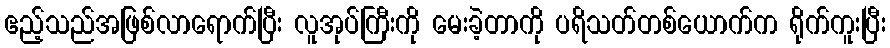
ဧည့်သည်အဖြစ်လာရောက်ပြီး လူအုပ်ကြီးကို မေးခဲ့တာကို ပရိသတ်တစ်ယောက်က ရိုက်ကူးပြီး